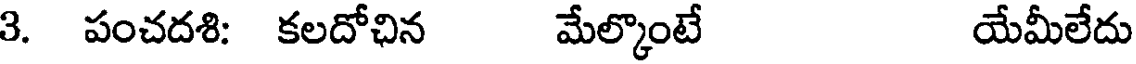
3. పంచదశి: కలదోచిన మేల్కొంటే యేమీలేదు